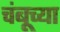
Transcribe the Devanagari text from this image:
चंबूच्या